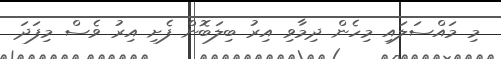
މި މައްސަލައި މިހެން ދިމާވި އިރު ބިލަބޮން ފެށި އިރު ވެސް މިފަދަ